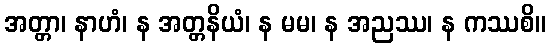
အတ္တာ၊ နာဟံ၊ န အတ္တနိယံ၊ န မမ၊ န အညဿ၊ န ကဿစိ။